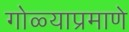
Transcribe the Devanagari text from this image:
गोळ्याप्रमाणे